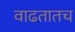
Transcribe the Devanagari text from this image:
वाढतातच